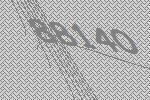
88140